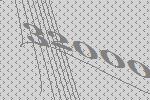
32000